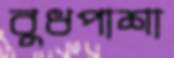
বুধপাশা